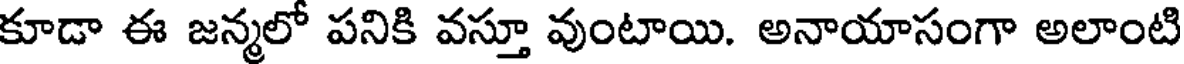
కూడా ఈ జన్మలో పనికి వస్తూ వుంటాయి. అనాయాసంగా అలాంటి